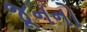
જૂનનો